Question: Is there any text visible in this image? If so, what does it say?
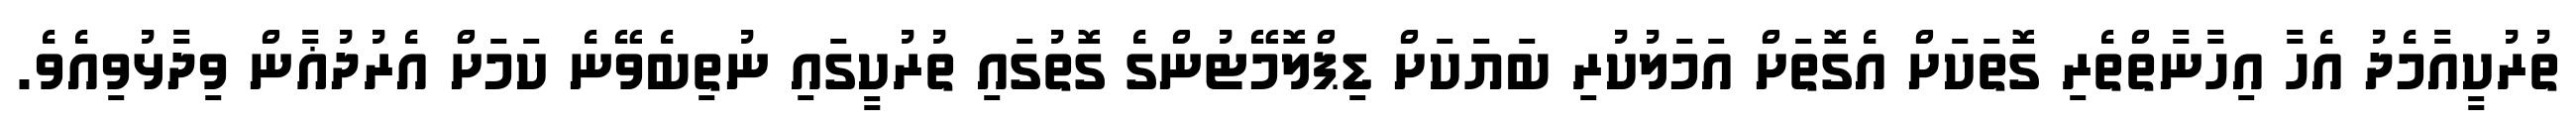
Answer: ތުރުކީއާމެދު އެހާ އިހާނާތްތެރި ގޮތަކަށް އެގޮތަށް އަމަލުކުރި ބަޔަކަށް ޑިޕްލޮމޭޓުންގެ ގޮތުގައި ތުރުކީގައި ނުތިބެވޭނެ ކަމަށް އެރުދުޣާން ވިދާޅުވިއެވެ.